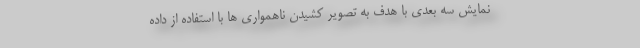
نمایش سه بعدی با هدف به تصویر کشیدن ناهمواری ها با استفاده از داده